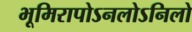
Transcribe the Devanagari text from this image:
भूमिरापोऽनलोऽनिलो